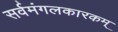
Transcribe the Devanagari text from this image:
सर्वमंगलकारकम्